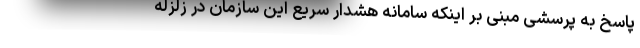
پاسخ به پرسشی مبنی بر اینکه سامانه هشدار سریع این سازمان در زلزله